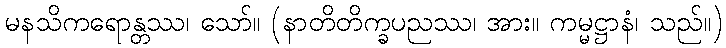
မနသိကရောန္တဿ၊ သော်။ (နာတိတိက္ခပညဿ၊ အား။ ကမ္မဋ္ဌာနံ၊ သည်။)